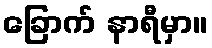
ခြောက် နာရီမှာ။